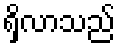
ရှိလာသည်